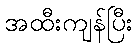
အထီးကျန်ပြီး